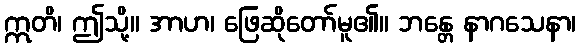
ဣတိ၊ ဤသို့။ အာဟ၊ ဖြေဆိုတော်မူ၏။ ဘန္တေ နာဂသေနာ၊